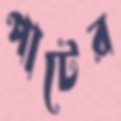
পাটের